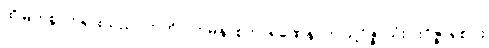
ထိုမြတ်စွာဘုရားသည်။ ဣတိပိ ဣမိနာစကာရဏေန၊ ဤသို့ဝိဇ္ဇာသုံးပါးဝိဇ္ဇာရှစ်ပါး